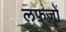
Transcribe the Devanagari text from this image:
लफ़ज़ों